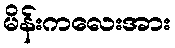
မိန်းကလေးအား